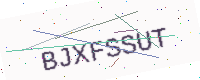
Text: BJXFSSUT